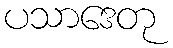
ပသာဒေတု